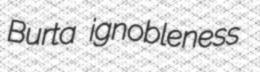
Burta ignobleness